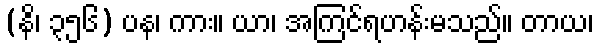
(နိ၊ ၃၅၆) ပန၊ ကား။ ယာ၊ အကြင်ရဟန်းမသည်။ တာယ၊